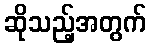
ဆိုသည့်အတွက်